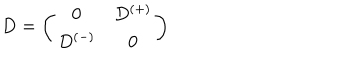
D = \left( \begin{array} { c c } { { 0 } } & { { D ^ { ( + ) } } } \\ { { D ^ { ( - ) } } } & { { 0 } } \\ \end{array} \right)